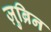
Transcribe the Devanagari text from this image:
ज़ुब्रिन